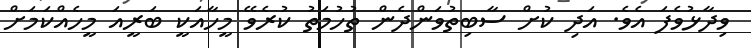
ވިދާޅުވެފަ އެވެ. އަދި ކުށް ސާބިތުވަންދެން ތުހުމަތު ކުރެވޭ މީހާއަކީ ބަރީއަ މީހެއްކަމަށް